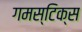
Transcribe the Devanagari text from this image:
गमस्टिक्स